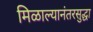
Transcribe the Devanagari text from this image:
मिळाल्यानंतरसुद्धा